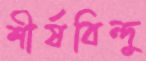
শীর্ষবিন্দু